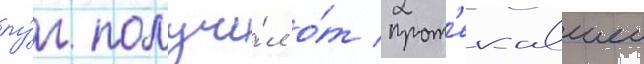
лу́г получи́л о́т прот'екавшеи